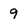
Character: 9